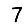
Digit: 7